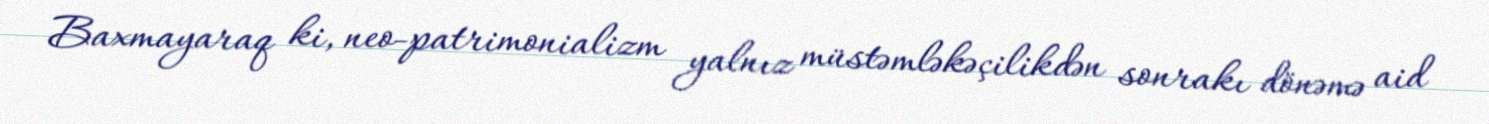
Baxmayaraq ki, neo-patrimonializm yalnız müstəmləkəçilikdən sonrakı dönəmə aid